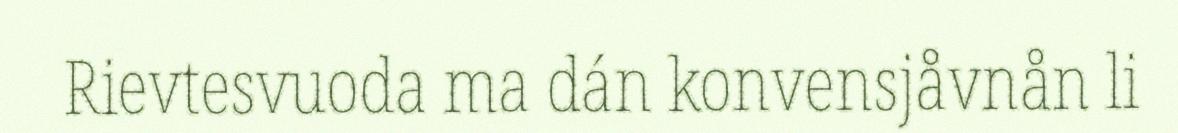
Rievtesvuoda ma dán konvensjåvnån li